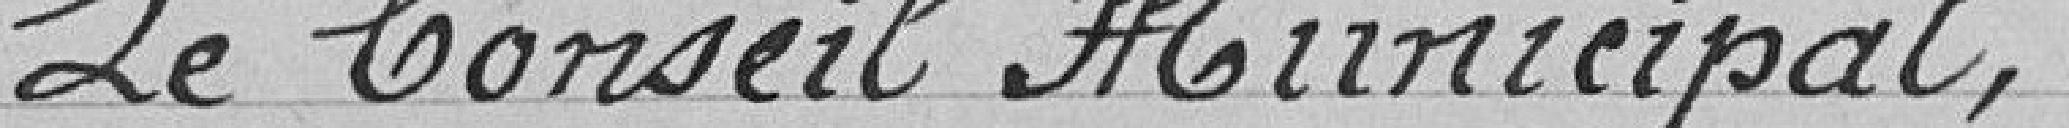
Le Conseil Municipal,